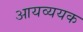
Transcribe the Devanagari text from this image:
आयव्ययक